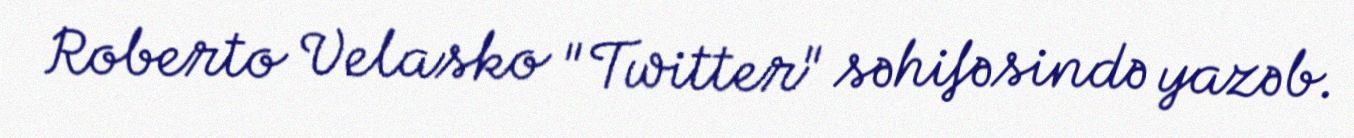
Roberto Velasko "Twitter" səhifəsində yazəb.